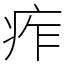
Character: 痄